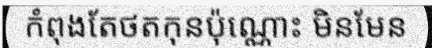
កំពុងតែថតកុនប៉ុណ្ណោះ មិនមែន